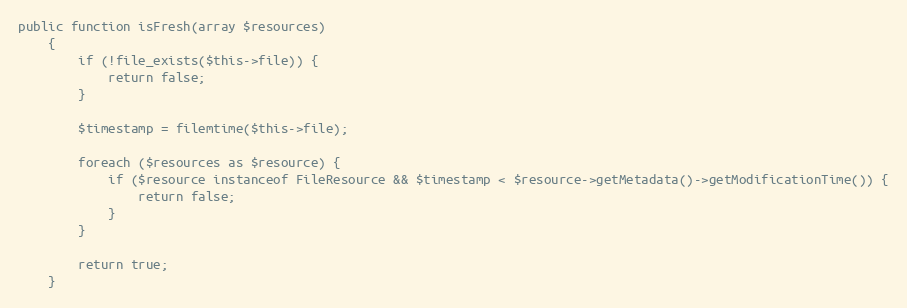
Language: PHP
public function isFresh(array $resources)
    {
        if (!file_exists($this->file)) {
            return false;
        }

        $timestamp = filemtime($this->file);

        foreach ($resources as $resource) {
            if ($resource instanceof FileResource && $timestamp < $resource->getMetadata()->getModificationTime()) {
                return false;
            }
        }

        return true;
    }